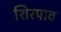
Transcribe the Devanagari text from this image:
शिरपाव